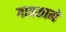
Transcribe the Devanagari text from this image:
गावकामे